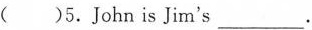
( )5.John is Jim's___.